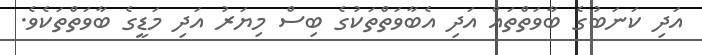
އަދި ކަނަބުގެ ބާވަތްތައް އަދި އެބާވަތްތަކުގެ ބިސް މިޔަރު އަދި މަޑީގެ ބާވަތްތަކެވެ.